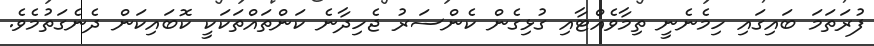
ފުރަތަމަ ބައިގައި ހިމެނެނީ ތިމާވެއްޓާއި ގުޅިގެން ކެންސަރު ޖެހިދާނެ ކަންތައްތަކަކީ ކޮބައިކަން ދެނެގަތުމެވެ.